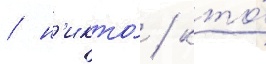
/ н'икто́ / кто́